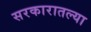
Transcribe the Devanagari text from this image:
सरकारातल्या